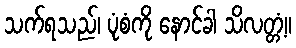
သက်ရသည်၊ ပုံစံကို နောင်ခါ သိလတ္တံ့။